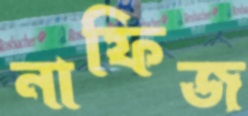
নাফিজ